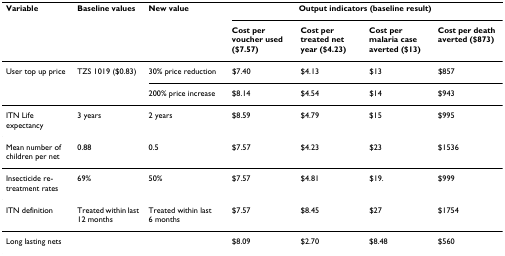
| Variable | Baseline values | New value | <COLSPAN=4> Output indicators (baseline result) |
 |  |  |  | Cost per voucher used ($7.57) | Cost per treated net year ($4.23) | Cost per malaria case averted ($13) | Cost per death averted ($873) |
 | --- | --- | --- | --- | --- | --- | --- |
 | User top up price | TZS 1019 ($0.83) | 30% price reduction | $7.40 | $4.13 | $13 | $857 |
 |  |  | 200% price increase | $8.14 | $4.54 | $14 | $943 |
 | ITN Life expectancy | 3 years | 2 years | $8.59 | $4.79 | $15 | $995 |
 | Mean number of children per net | 0.88 | 0.5 | $7.57 | $4.23 | $23 | $1536 |
 | Insecticide re-treatment rates | 69% | 50% | $7.57 | $4.81 | $19. | $999 |
 | ITN definition | Treated within last 12 months | Treated within last 6 months | $7.57 | $8.45 | $27 | $1754 |
 | Long lasting nets |  |  | $8.09 | $2.70 | $8.48 | $560 |